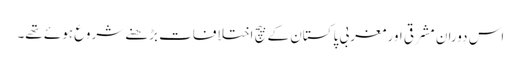
اس دوران مشرقی اور مغربی پاکستان کے بیچ اختلافات بڑھنے شروع ہوئے تھے۔